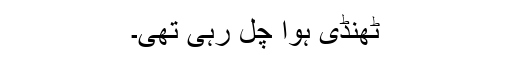
ٹھنڈی ہوا چل رہی تھی۔